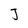
Character: J